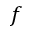
\boldsymbol { f }